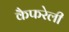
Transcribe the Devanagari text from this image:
कैफरेली